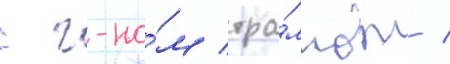
с г-но́м тра́мпом /